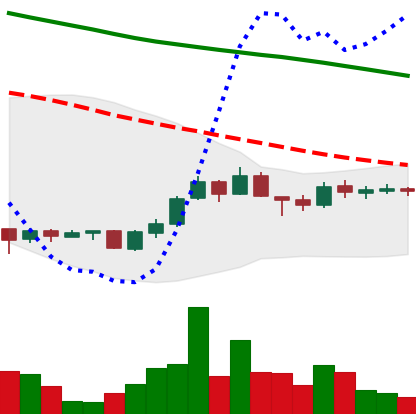
Ticker: ADA-USD
Chart end date: 2018-10-01
Forward return: -3.748%
Label: down_3_5